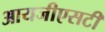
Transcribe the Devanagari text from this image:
आयजीएसटी